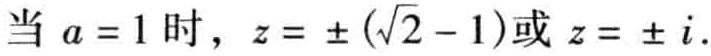
当 \(a = 1\) 时，\(z = \pm (\sqrt{2} - 1)\)或 \(z = \pm i\).